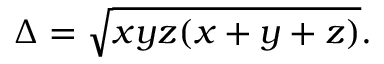
\Delta = { \sqrt { x y z ( x + y + z ) } } .